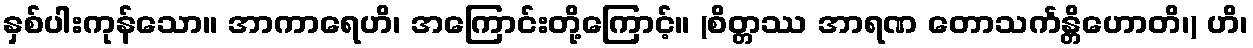
နှစ်ပါးကုန်သော။ အာကာရေဟိ၊ အကြောင်းတို့ကြောင့်။ (စိတ္တဿ အာရဏ တောသင်္ကန္တိဟောတိ၊) ဟိ၊